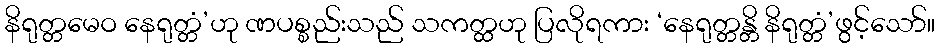
နိရုတ္တမေဝ နေရုတ္တံ’ဟု ဏပစ္စည်းသည် သကတ္ထဟု ပြလိုရကား ‘နေရုတ္တန္တိ နိရုတ္တံ’ဖွင့်သော်။